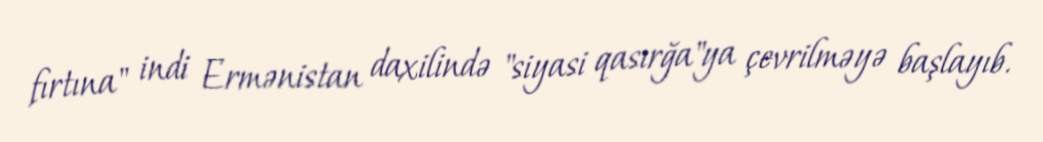
fırtına" indi Ermənistan daxilində "siyasi qasırğa"ya çevrilməyə başlayıb.